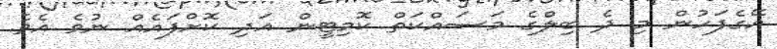
އޭގެފަހުން މި ދެ ބިލްގެ މަސައްކަތް ކޮމިޓީން އަދި ކޮށްފައެއް ނުވެ އެވެ.